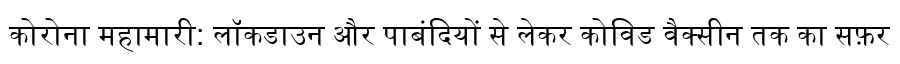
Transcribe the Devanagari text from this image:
कोरोना महामारी: लॉकडाउन और पाबंदियों से लेकर कोविड वैक्सीन तक का सफ़र